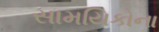
સામયિકોના